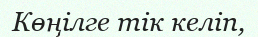
Көңілге тік келіп,